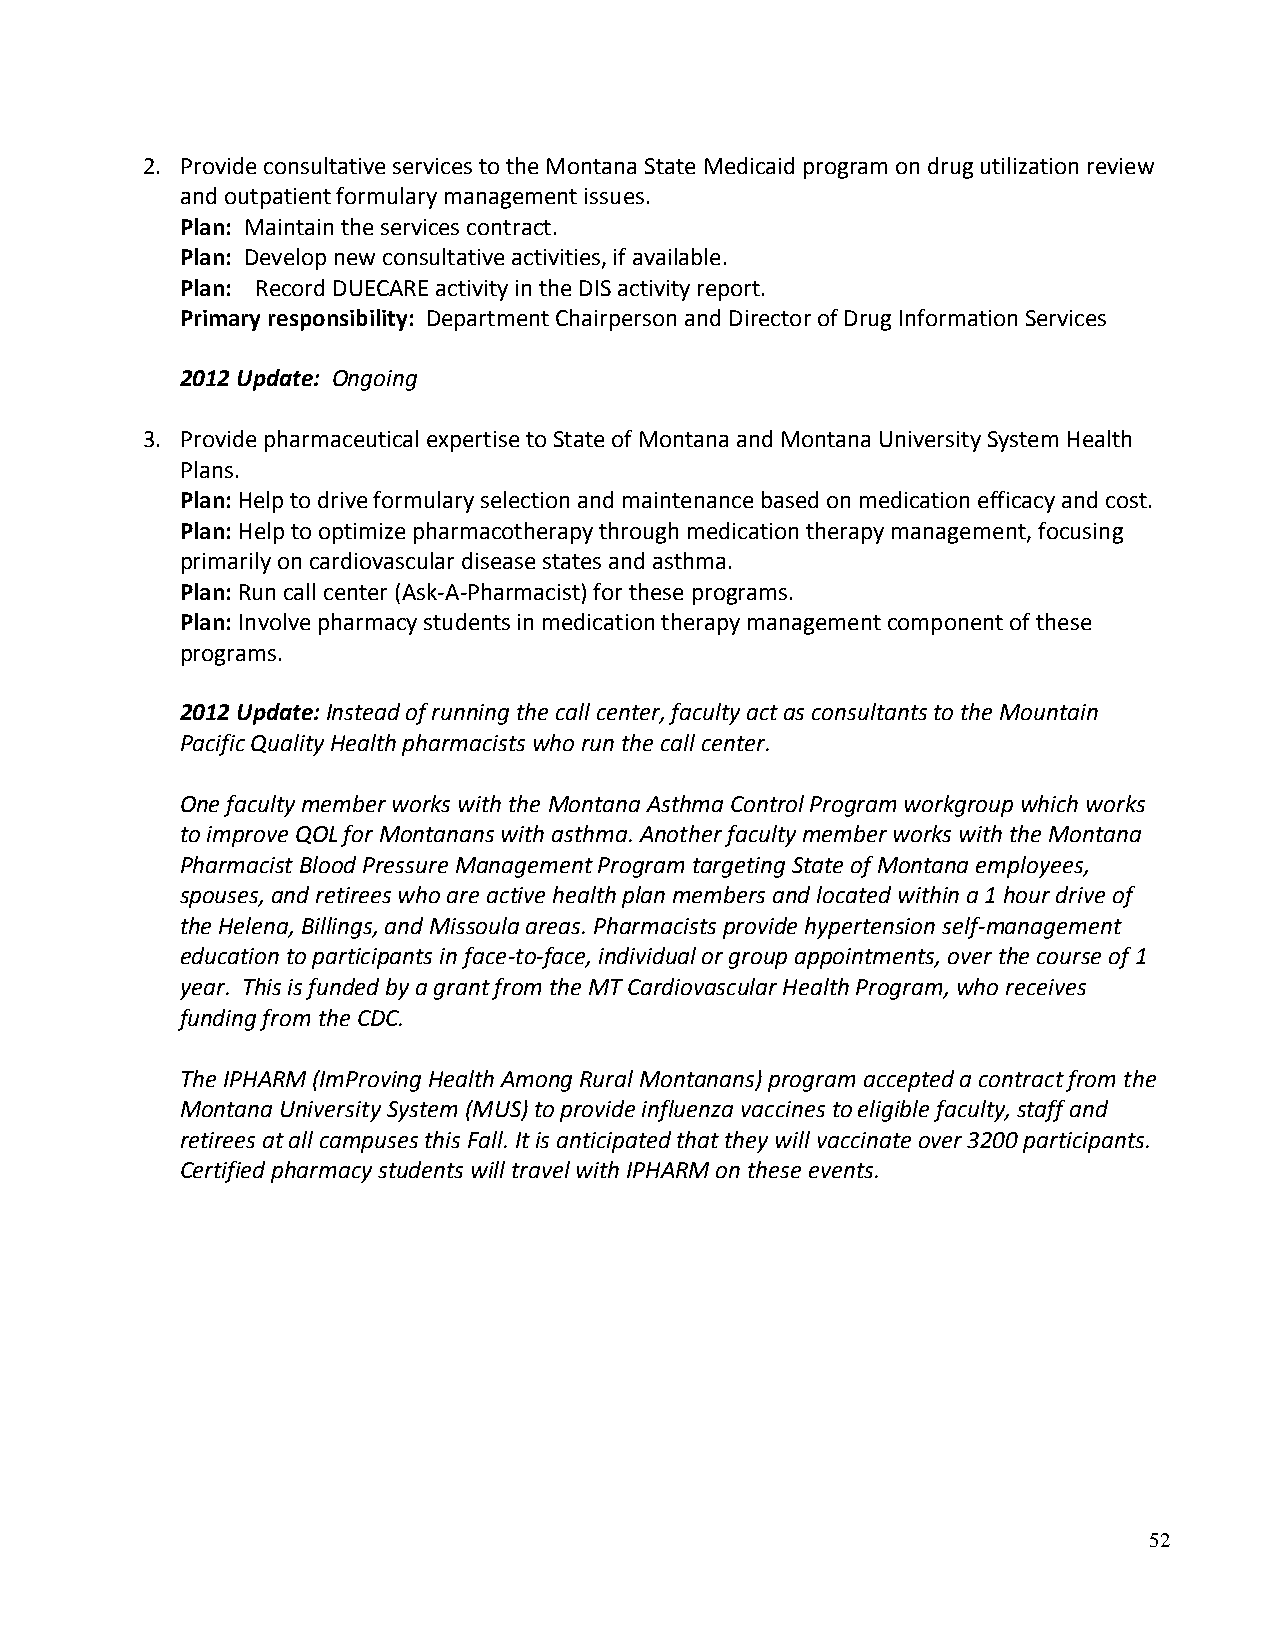
2. Provide consultative services to the Montana State Medicaid program on drug utilization review
 and outpatient formulary management issues.
 Plan: Maintain the services contract.
 Plan: Develop new consultative activities, if available.
 Plan: Record DUECARE activity in the DIS activity report.
 Primary responsibility: Department Chairperson and Director of Drug Information Services
 2012 Update: Ongoing
 3. Provide pharmaceutical expertise to State of Montana and Montana University System Health
 Plans.
 Plan: Help to drive formulary selection and maintenance based on medication efficacy and cost.
 Plan: Help to optimize pharmacotherapy through medication therapy management, focusing
 primarily on cardiovascular disease states and asthma.
 Plan: Run call center (Ask-A-Pharmacist) for these programs.
 Plan: Involve pharmacy students in medication therapy management component of these
 programs.
 2012 Update: Instead of running the call center, faculty act as consultants to the Mountain
 Pacific Quality Health pharmacists who run the call center.
 One faculty member works with the Montana Asthma Control Program workgroup which works
 to improve QOL for Montanans with asthma. Another faculty member works with the Montana
 Pharmacist Blood Pressure Management Program targeting State of Montana employees,
 spouses, and retirees who are active health plan members and located within a 1 hour drive of
 the Helena, Billings, and Missoula areas. Pharmacists provide hypertension self-management
 education to participants in face-to-face, individual or group appointments, over the course of 1
 year. This is funded by a grant from the MT Cardiovascular Health Program, who receives
 funding from the CDC.
 The IPHARM (ImProving Health Among Rural Montanans) program accepted a contract from the
 Montana University System (MUS) to provide influenza vaccines to eligible faculty, staff and
 retirees at all campuses this Fall. It is anticipated that they will vaccinate over 3200 participants.
 Certified pharmacy students will travel with IPHARM on these events.
 52